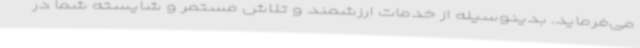
می‌فرماید. بدینوسیله از خدمات ارزشمند و تلاش مستمر و شایسته شما در